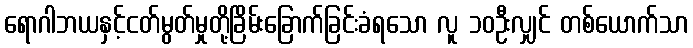
ရောဂါဘယနှင့်ငတ်မွတ်မှုတို့ခြိမ်းခြောက်ခြင်းခံရသော လူ ၁၀ဦးလျှင် တစ်ယောက်သာ